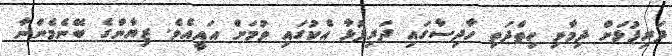
ދަރިފުޅަށް ދިމާވި ހިތްދަތި ހާދިސާގައި ދަރިފުޅާ އެކުގައި ވުމަށް އައީއެވެ. ޒިޔާންގެ ބޭނެމެންނާ